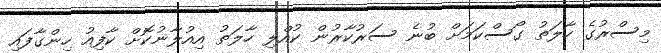
މިސްރުގެ ހާލަތު ގޯސްކަމަށް ބުނެ ސަރުކާރުން ކުއްލި ހާލަތު އިއުލާނުކޮށް ކާފިއު ހިންގާފައި